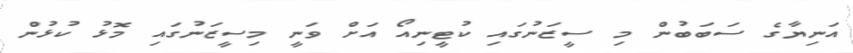
އަނިޔާގެ ސަބަބުން މި ސީޒަނުގައި ކުޓީނިއޯ އަށް ވަނީ މިސީޒަނުގައި މޮޅު ކުޅުން